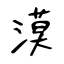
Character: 漠